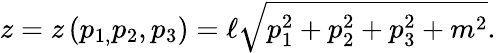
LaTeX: z=z\left(p_{1,}p_{2},p_{3}\right)=\ell\sqrt{p_{1}^{2}+p_{2}^{2}+p_{3}^{2}+m^{2}}.